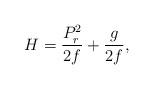
LaTeX: \begin{align*}H={{P^2_r}\over{2f}}+{{g}\over{2f}},\end{align*}